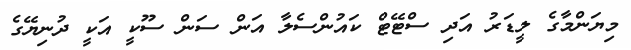
މިޔަންމާގެ ލީޑަރު އަދި ސްޓޭޓް ކައުންސެލާ އަން ސަން ސޫކީ އަކީ ދުނިޔޭގެ